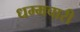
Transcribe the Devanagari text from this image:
धम्मचारी